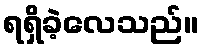
ရရှိခဲ့လေသည်။